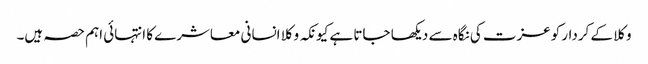
وکلا کے کردار کوعزت کی نگاہ سے دیکھا جاتا ہے کیونکہ وکلا انسانی معاشرے کا انتہائی اہم حصہ ہیں۔